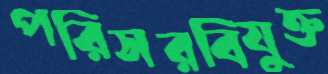
পরিসরবিযুক্ত